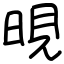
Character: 晛